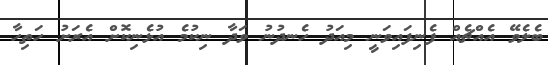
ބެލެވޭ އެއްޗެއް ފެނިފައިވަނީ މިއަދު ހެނދުނު ވަދާ ނިކުމެ އުޅެނިކޮށް އެރަށު ހަތިހާ